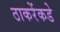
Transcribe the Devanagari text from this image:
ठाकरेंकडे